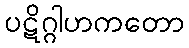
ပဋိဂ္ဂါဟကတော